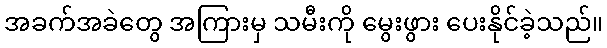
အခက်အခဲတွေ အကြားမှ သမီးကို မွေးဖွား ပေးနိုင်ခဲ့သည်။